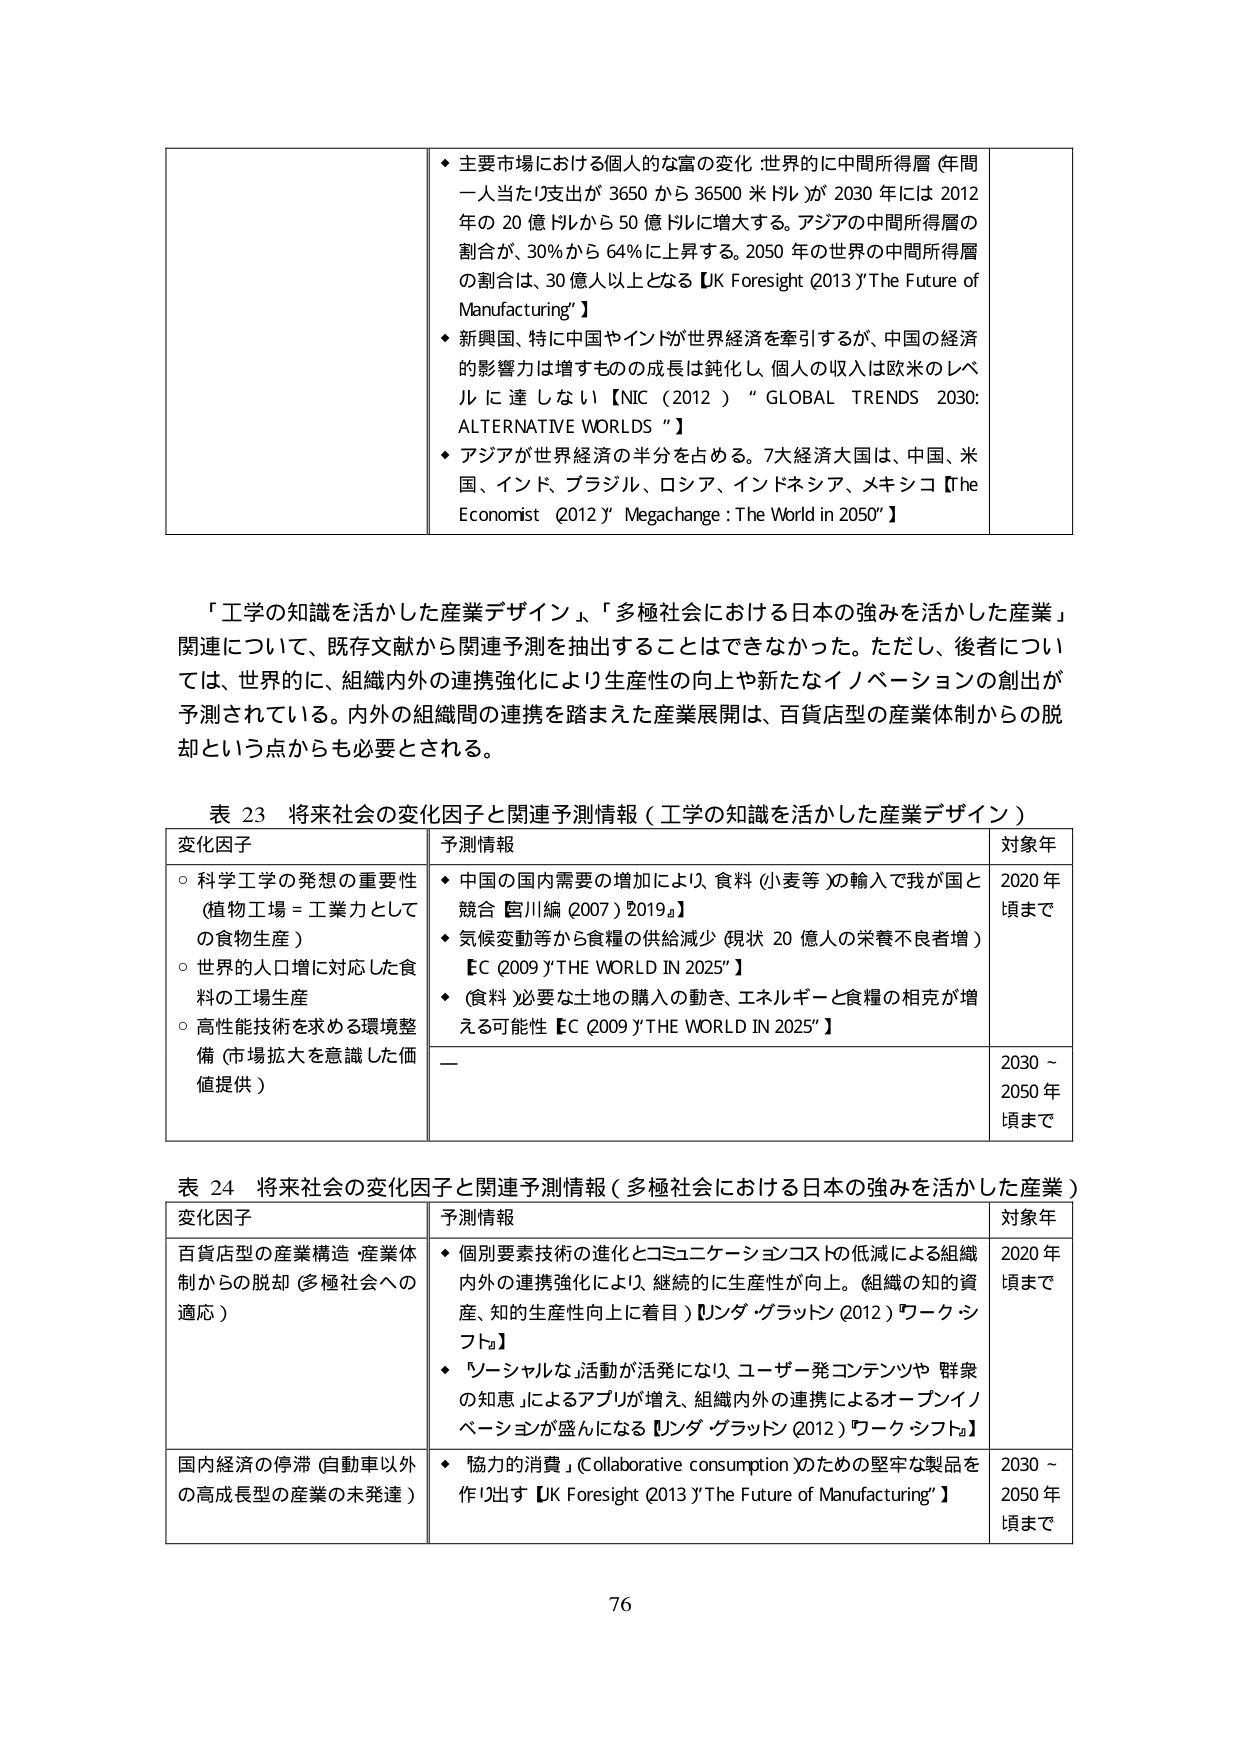
◆ 主要市場における個人的な富の変化 世界的に中間所得層 (年間一人当たり支出が 3650 から 36500 米ドル)が 2030 年には 2012 年の 20 億ドルから 50 億ドルに増大する。アジアの中間所得層の割合が、30%から 64%に上昇する。2050 年の世界の中間所得層の割合は、30 億人以上となる【UK Foresight (2013) "The Future of Manufacturing"】

◆ 新興国、特に中国やインドが世界経済を牽引するが、中国の経済的影響力は増すものの成長は鈍化し、個人の収入は欧米のレベルに達しない【NIC (2012) "GLOBAL TRENDS 2030: ALTERNATIVE WORLDS"】

◆ アジアが世界経済の半分を占める。7大経済大国は、中国、米国、インド、ブラジル、ロシア、インドネシア、メキシコ【The Economist (2012) "Megachange : The World in 2050"】

「工学の知識を活かした産業デザイン」、「多極社会における日本の強みを活かした産業」関連について、既存文献から関連予測を抽出することはできなかった。ただし、後者については、世界的に、組織内外の連携強化により生産性の向上や新たなイノベーションの創出が予測されている。内外の組織間の連携を踏まえた産業展開は、百貨店型の産業体制からの脱却という点からも必要とされる。

表 23 将来社会の変化因子と関連予測情報（工学の知識を活かした産業デザイン）

変化因子
○ 科学工学の発想の重要性 (植物工場 = 工業力としての食物生産)
○ 世界的人口増に対応した食料の工場生産
○ 高性能技術を求める環境整備 (市場拡大を意識した価値提供)

予測情報
◆ 中国の国内需要の増加により、食料 (小麦等)の輸入で我が国と競合【宮川編 (2007) "2019"】
◆ 気候変動等から食糧の供給減少 (現状 20 億人の栄養不良者増)【EC (2009) "THE WORLD IN 2025"】
◆ (食料)必要な土地の購入の動き、エネルギーと食糧の相克が増える可能性【EC (2009) "THE WORLD IN 2025"】

対象年
2020 年頃まで
2030 ～ 2050 年頃まで

表 24 将来社会の変化因子と関連予測情報（多極社会における日本の強みを活かした産業）

変化因子
百貨店型の産業構造・産業体制からの脱却 (多極社会への適応)
国内経済の停滞 (自動車以外の高成長型の産業の未発達)

予測情報
◆ 個別要素技術の進化とコミュニケーションコストの低減による組織内外の連携強化により、継続的に生産性が向上。 (組織の知的資産、知的生産性向上に着目)【ソダ・グラッドン (2012) "ワークシフト"】
◆ 「ソーシャルな活動が活発になり、ユーザー発コンテンツや「群衆の知恵」によるアプリが増え、組織内外の連携によるオープンイノベーションが盛んになる【ソダ・グラッドン (2012) "ワークシフト"】
◆ 「協力的消費」(Collaborative consumption)のための堅牢な製品を作り出す【UK Foresight (2013) "The Future of Manufacturing"】

対象年
2020 年頃まで
2030 ～ 2050 年頃まで

76